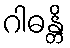
ဂါဓန္တိ